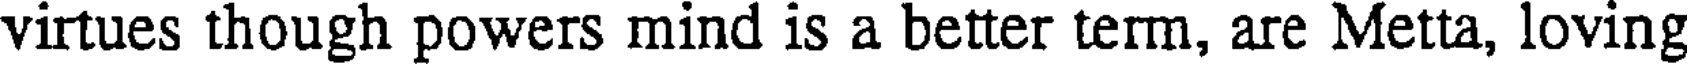
virtues though powers mind is a better term, are Metta, loving